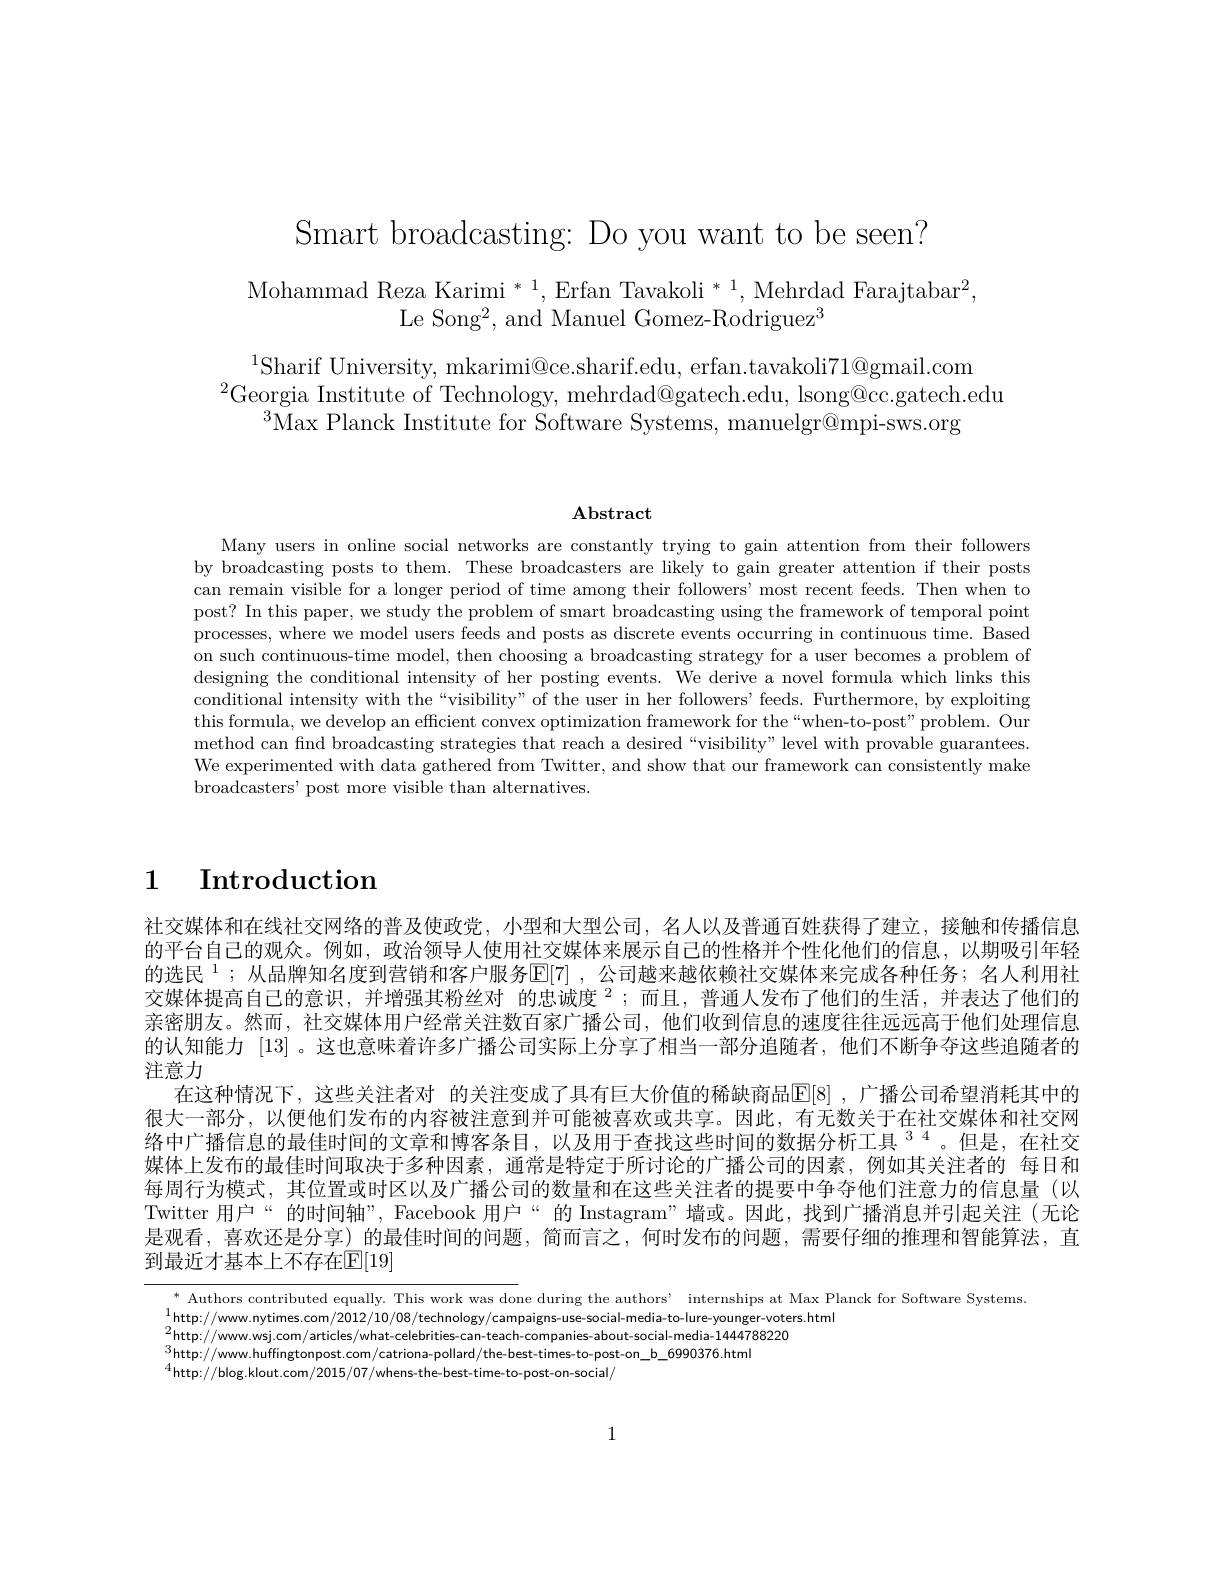
Smart broadcasting: Do you want to be seen?

Mohammad Reza Karimi $^*1$,Erfan Tavakoli$^*1$,Mehrdad Farajtabar$^2$,
Le Song$^2$,and Manuel Gomez-Rodriguez$^3$

$^{1}$Sharif University, mkarimi@ce.sharif.edu, erfan.tavakoli71@gmail.com
$^{2}$Georgia Institute of Technology, mehrdad@gatech.edu, lsong@cc.gatech.edu
$^3$Max Planck Institute for Software Systems, manuelgr@mpi-sws.org

$\mathbf{Abstract}$

Many users in online social networks are constantly trying to gain attention from their followers by broadcasting posts to them. These broadcasters are likely to gain greater attention if their posts can remain visible for a longer period of time among their followers' most recent feeds. Then when to post? In this paper, we study the problem of smart broadcasting using the framework of temporal point processes, where we model users feeds and posts as discrete events occurring in continuous time. Based on such continuous-time model, then choosing a broadcasting strategy for a user becomes a problem of designing the conditional intensity of her posting events. We derive a novel formula which links this conditional intensity with the“visibility” of the user in her followers’ feeds. Furthermore, by exploiting this formula, we develop an efficient convex optimization framework for the“when-to-post”problem. Our method can find broadcasting strategies that reach a desired “visibility” level with provable guarantees. We experimented with data gathered from Twitter, and show that our framework can consistently make broadcasters' post more visible than alternatives

1 Introduction

社交媒体和在线社交网络的普及使政党，小型和大型公司，名人以及普通百姓获得了建立，接触和传播信息的平台自己的观众。例如，政治领导人使用社交媒体来展示自己的性格并个性化他们的信息，以期吸引年轻的选民$^{1}$;从品牌知名度到营销和客户服务$\mathbb{E}[7]$ ,公司越来越依赖社交媒体来完成各种任务；名人利用社交媒体提高自己的意识，并增强其粉丝对 的忠诚度$^2;$而且，普通人发布了他们的生活，并表达了他们的亲密朋友。然而，社交媒体用户经常关注数百家广播公司，他们收到信息的速度往往远远高于他们处理信息的认知能力[13] 。这也意味着许多广播公司实际上分享了相当一部分追随者，他们不断争夺这些追随者的注意力
在这种情况下，这些关注者对 的关注变成了具有巨大价值的稀缺商品$\mathbb{E} [ 8]$ , 广播公司希望消耗其中的很大一部分，以便他们发布的内容被注意到并可能被喜欢或共享。因此，有无数关于在社交媒体和社交网络中广播信息的最佳时间的文章和博客条目，以及用于查找这些时间的数据分析工具$^{34}$。但是，在社交媒体上发布的最佳时间取决于多种因素，通常是特定于所讨论的广播公司的因素，例如其关注者的 每日和每周行为模式，其位置或时区以及广播公司的数量和在这些关注者的提要中争夺他们注意力的信息量(以Twitter 用户“的时间轴”, Facebook 用户“的 Instagram”墙或。因此，找到广播消息并引起关注(无论是观看，喜欢还是分享)的最佳时间的问题，简而言之，何时发布的问题，需要仔细的推理和智能算法，直到最近才基本上不存在$\mathbb{E}[19]$

$^{*}$ Authors contributed equally. This work was done during the authors’ internships at Max Planck for Software Systems
1http: / / www. nytimes. com/ 2012/ 10/ 08/ technology/ campaigns- use- social- media- to- lure- younger- voters. html 2
2http: / / www. wsj. com/ articles/ what- celebrities- can- teach- companies- about- social- media- 1444788220 3http: / / www. wsj. com/ articles/ what- celebrities- can- teach- companies- about- social- media- 14447882200
$^{3}$http://www.huffingtonpost.com/catriona-pollard/the-best-times-to-post-on\_b\_6990376.html
$^{4}$http://blog.klout.com/2015/07/whens-the-best-time-to-post-on-social/

1